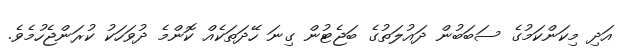
އަދި މިކަންކަމުގެ ސަބަބުން ދައުލަތުގެ ބަޖެޓުން ގިނަ ހޭދަތަކެއް ކޮންމެ ދުވަހަކު ކުރަންޖެހުމެވެ.